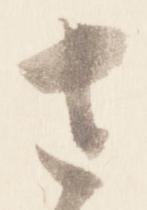
左